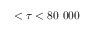
< \tau < 8 0 ~ 0 0 0